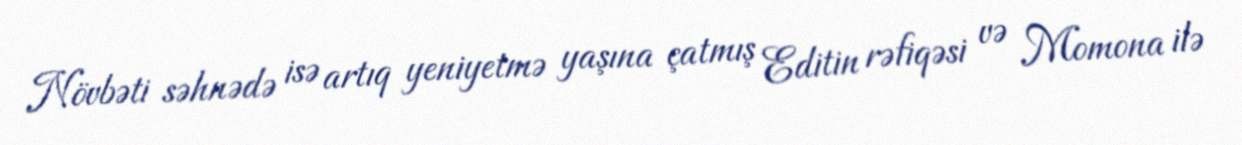
Növbəti səhnədə isə artıq yeniyetmə yaşına çatmış Editin rəfiqəsi və Momona ilə